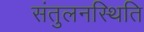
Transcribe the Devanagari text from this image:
संतुलनस्थिति